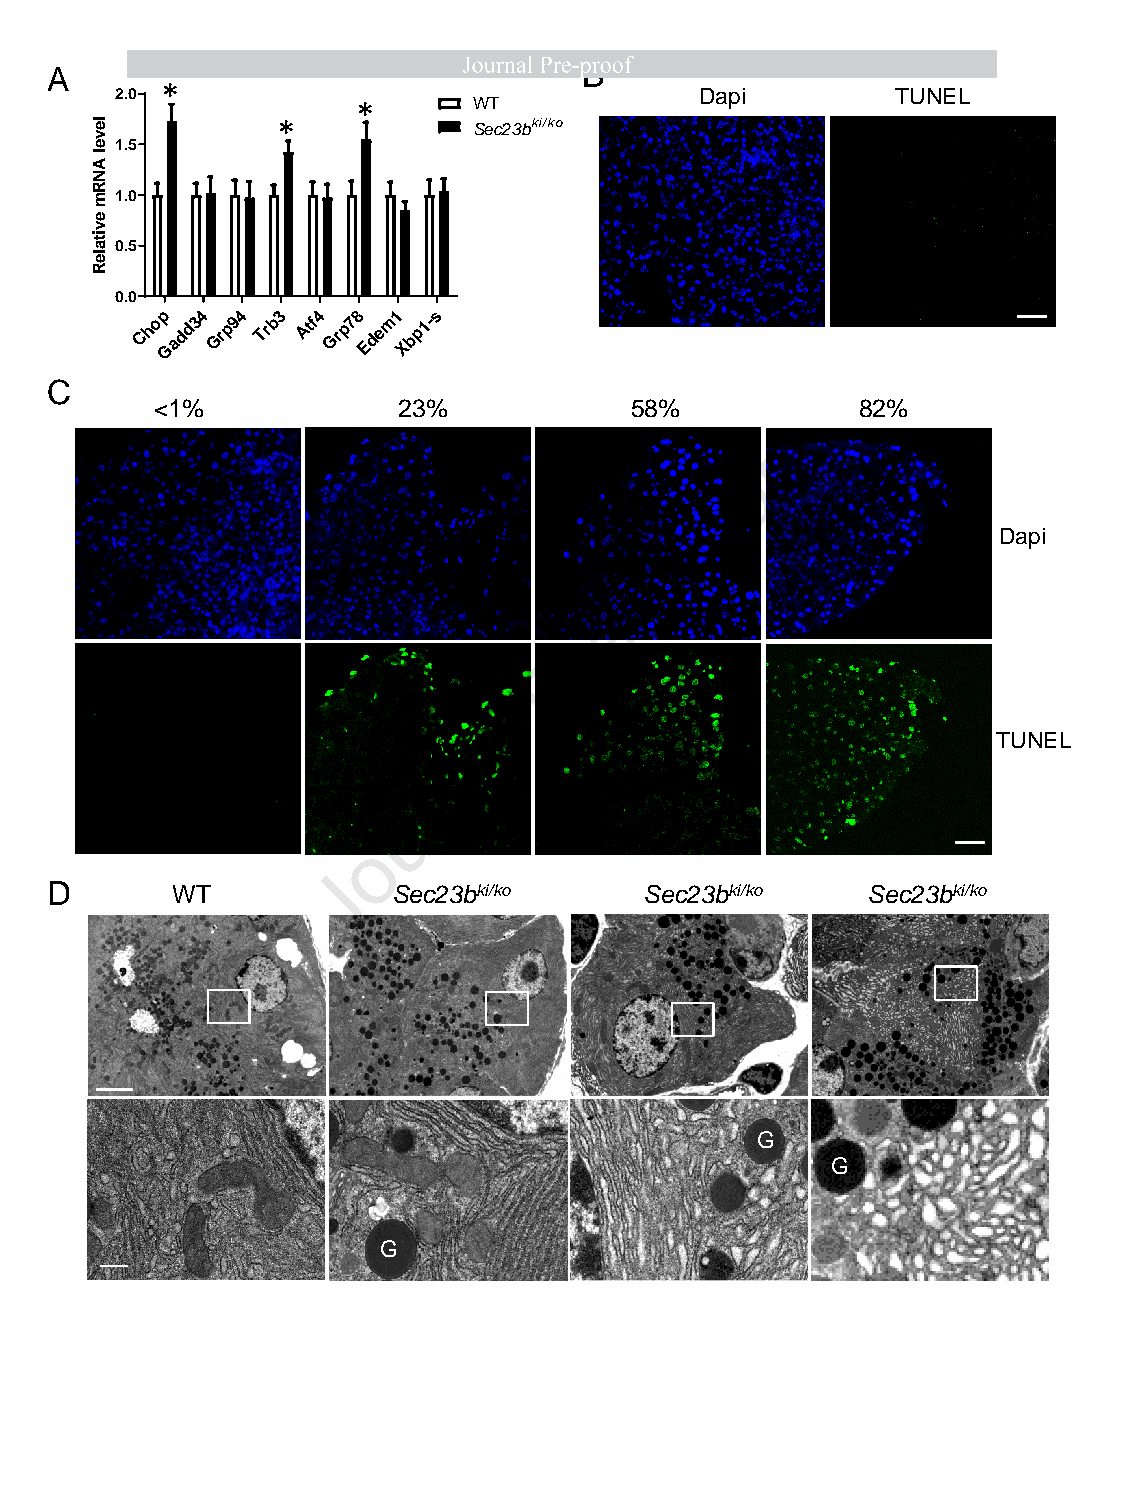
A                                   B
 2.0 *                                 Dapi         TUNEL
 *      WT
 *            Sec23bki/ko
 1.5
 1.0
 0.5
 0.0
 p 4  4 3  4  8 1  s
 Cho Gadd3 Grp9 Trb Atf Grp7 Edem Xbp1-
 C
 <1%             23%             58%            82%
 f
 o
 o
 r                    Dapi
 p
 -
 e
 r
 P
 l
 a
 TUNEL
 n
 r
 u
 o
 J
 D       WT             Sec23bki/ko      Sec23bki/ko   Sec23bki/ko
 G
 G
 G
 level
 ANRm
 evitaleR